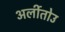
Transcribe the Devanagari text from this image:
अर्लीतोउ